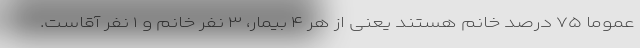
عموما ۷۵ درصد خانم هستند یعنی از هر ۴ بیمار، ۳ نفر خانم و ۱ نفر آقاست.